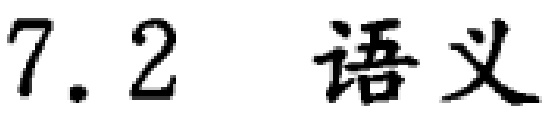
7.2  语义